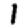
Digit: 1